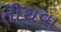
તીથવા